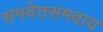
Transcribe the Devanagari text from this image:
समवेतसमवाय